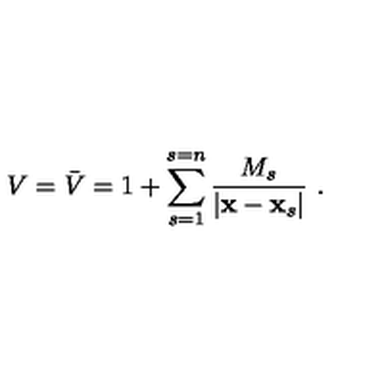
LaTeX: V = \bar { V } = 1 + \sum _ { s = 1 } ^ { s = n } \frac { M _ { s } } { | { \bf x } - { \bf x } _ { s } | } \ .